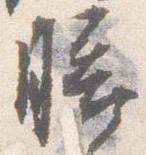
膳